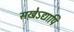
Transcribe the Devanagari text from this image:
सखेऽद्यापि